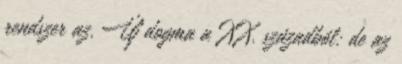
rendszer az. Új dogma a XX. századból: de az